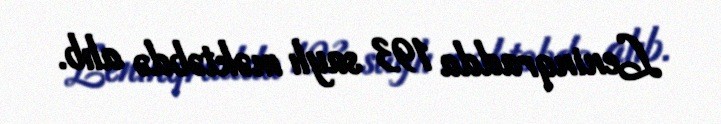
Leninqradda 193 saylı məktəbdə alıb.